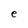
Character: e